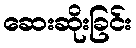
ဆေးဆိုးခြင်း